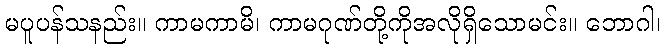
မပူပန်သနည်း။ ကာမကာမိ၊ ကာမဂုဏ်တို့ကိုအလိုရှိသောမင်း။ ဘောဂါ၊